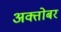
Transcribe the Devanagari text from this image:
अक्तोबर